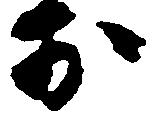
お